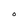
Character: O